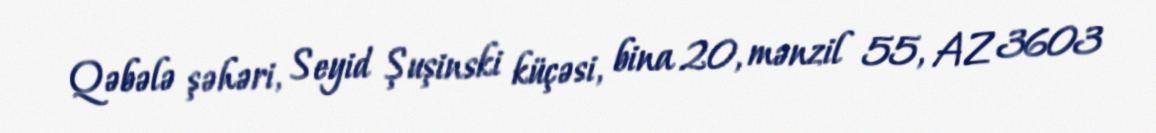
Qəbələ şəhəri, Seyid Şuşinski küçəsi, bina 20, mənzil 55, AZ 3603